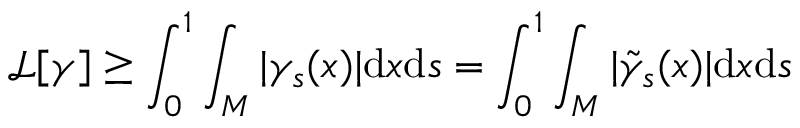
\mathscr { L } [ \gamma ] \geq \int _ { 0 } ^ { 1 } \int _ { M } | \gamma _ { s } ( x ) | \mathrm { d } x \mathrm { d } s = \int _ { 0 } ^ { 1 } \int _ { M } | \tilde { \gamma } _ { s } ( x ) | \mathrm { d } x \mathrm { d } s